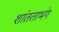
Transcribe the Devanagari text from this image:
शांतताभंग